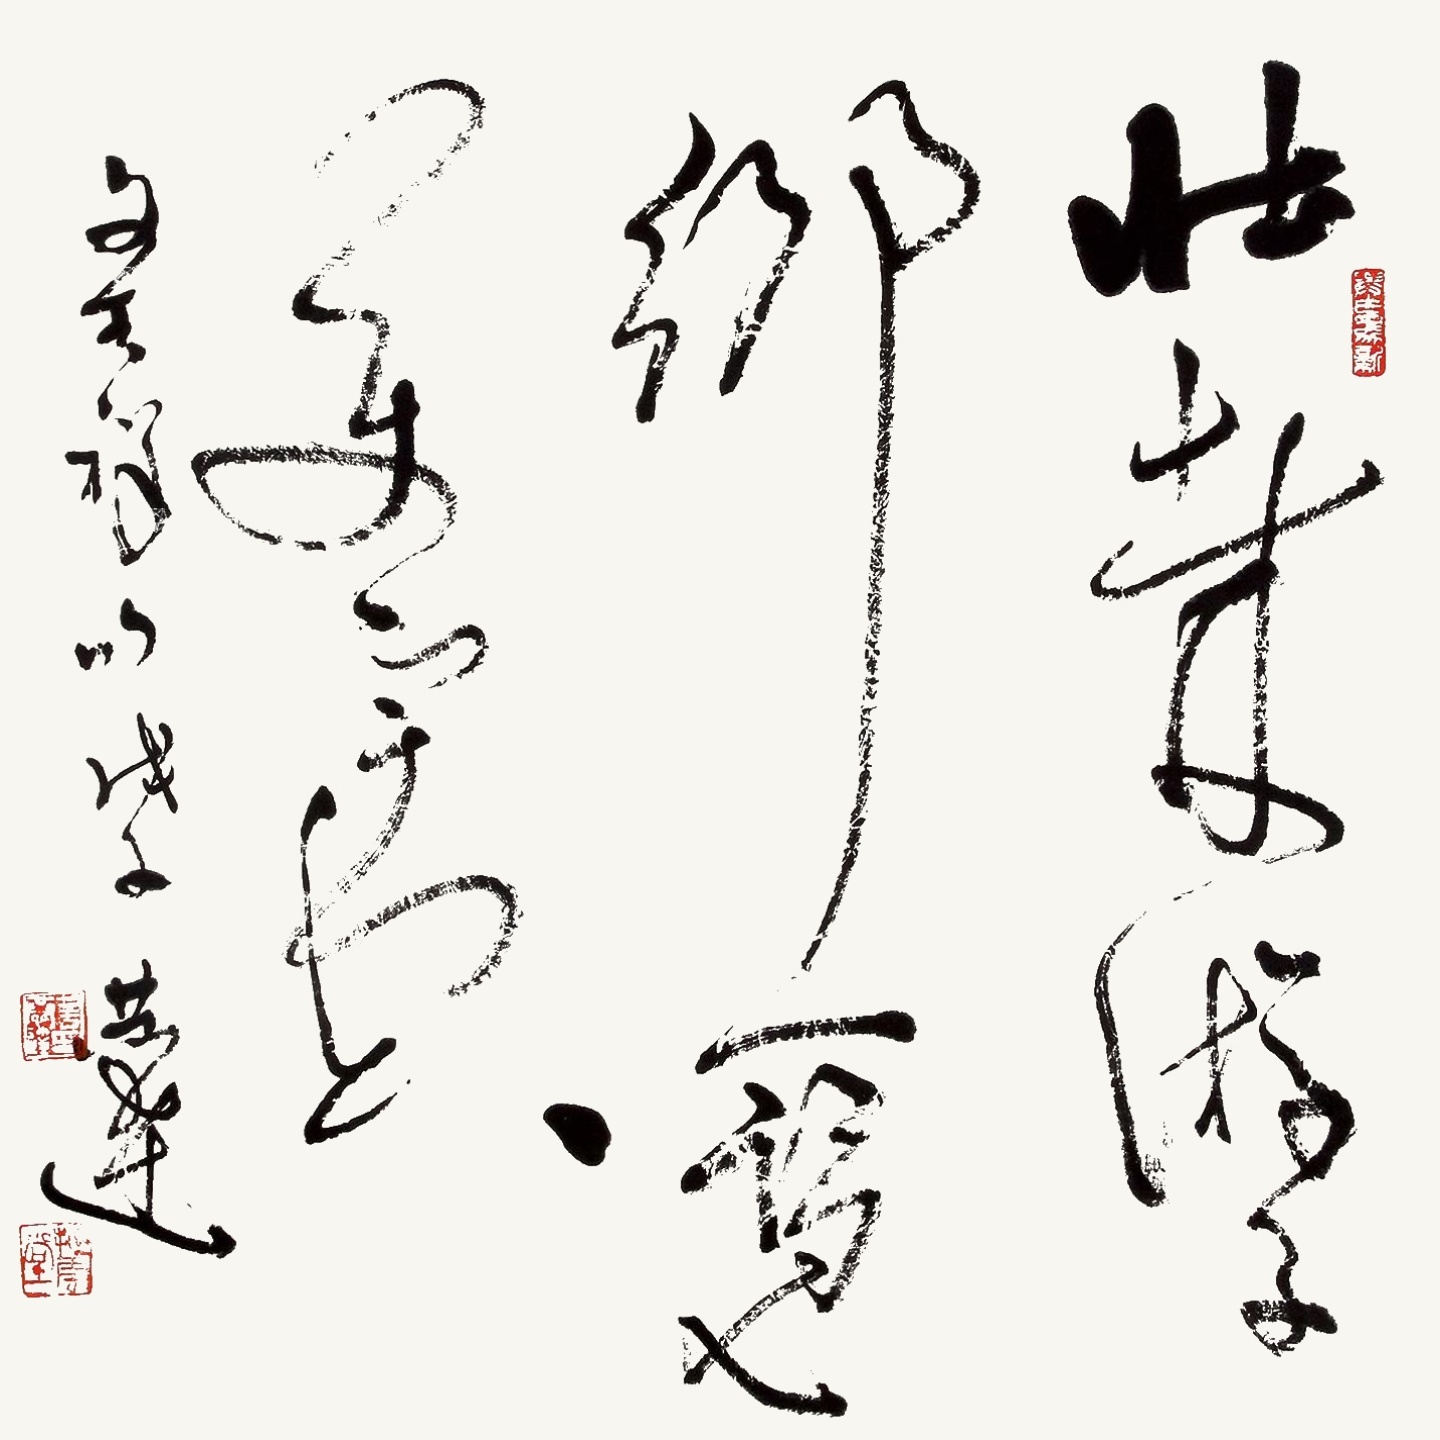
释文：壮哉游子多。一览万宇空。文天祥句戊子恭达。